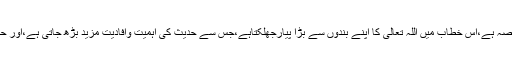
اس خطاب کا بالتکرار آنا اسی حدیث کا خاصہ ہے،اس خطاب میں اللہ تعالیٰ کا اپنے بندوں سے بڑا پیارجھلکتاہے،جس سے حدیث کی اہمیت وافادیت مزید بڑھ جاتی ہے،اور حدیث مزید توجہ واہتمام کا تقاضاکرتی ہے۔